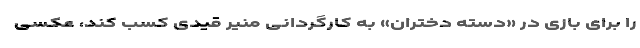
را برای بازی در «دسته دختران» به کارگردانی منیر قیدی کسب کند، عکسی